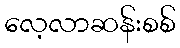
လေ့လာဆန်းစစ်